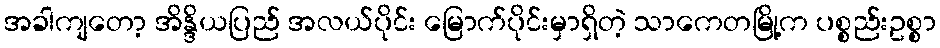
အခါကျတော့ အိန္ဒိယပြည် အလယ်ပိုင်း မြောက်ပိုင်းမှာရှိတဲ့ သာကေတမြို့က ပစ္စည်းဥစ္စာ